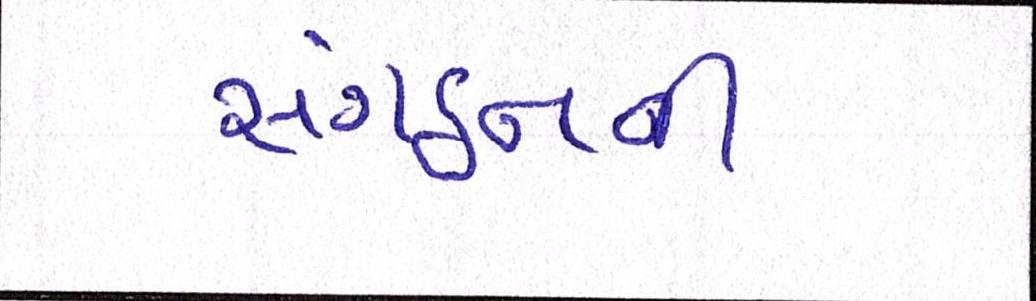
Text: સંગઠનની